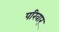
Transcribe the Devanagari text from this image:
परिवार्